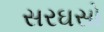
સરઘસો